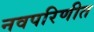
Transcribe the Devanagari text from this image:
नवपरिणीत